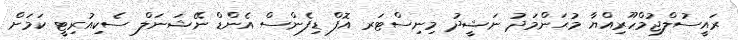
ރައީސުލްޖުމްހޫރިއްޔާ މުޙަންމަދު ނަޝީދު މިނިސްޓަރ އޮފް ޑިފެންސް އެންޑް ނޭޝަނަލް ސެކިއުރިޓީ ކަމަށް